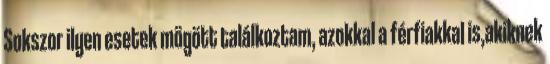
Sokszor ilyen esetek mögött találkoztam, azokkal a férfiakkal is,akiknek